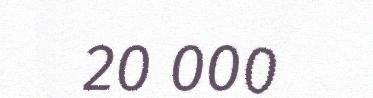
20 000